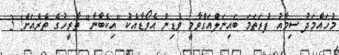
މުހައްމަދު ސިމާއު ފުރަތަމަ ބައިނަލްއަގްވާމީ ވެޑިން އެވޯޑާއެކު "އިކެބާނާ" ތާރީހުގެ ތެރެއަށް! 3